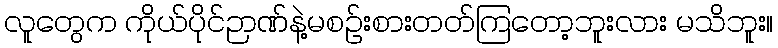
လူတွေက ကိုယ်ပိုင်ဉာဏ်နဲ့မစဉ်းစားတတ်ကြတော့ဘူးလား မသိဘူး။